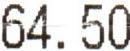
64.50